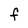
Character: F